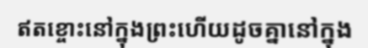
ឥតខ្ចោះនៅក្នុងព្រះហើយដូចគ្នានៅក្នុង